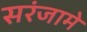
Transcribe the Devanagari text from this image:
सरंजामे